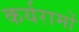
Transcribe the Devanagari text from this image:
कर्यरामों